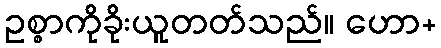
ဥစ္စာကိုခိုးယူတတ်သည်။ ဟော+